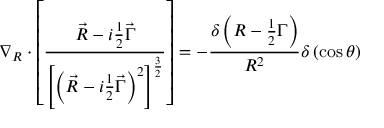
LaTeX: \nabla _ { R } \cdot \left[ \frac { \vec { R } - i \frac 1 2 \vec { \Gamma } } { \left[ \left( \vec { R } - i \frac 1 2 \vec { \Gamma } \right) ^ { 2 } \right] ^ { \frac 3 2 } } \right] = - \frac { \delta \left( R - \frac 1 2 \Gamma \right) } { R ^ { 2 } } \delta \left( \cos \theta \right)